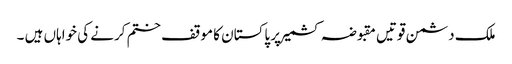
ملک دشمن قوتیں مقبوضہ کشمیر پر پاکستان کا موقف ختم کرنے کی خواہاں ہیں ۔